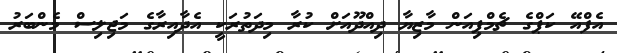
އެފްއޭ ކަޕްގެ ޗެމްޕިއަން މާޒިޔާ ދިއްދޫއަށް ކުރާ މިދަތުރަކީ އެދާއިރާގެ މަޖިލިސް މެންބަރު